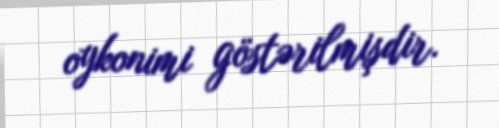
oykonimi göstərilmişdir.